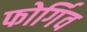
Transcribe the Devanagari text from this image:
फोर्गिव